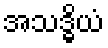
အသဒ္ဓိယံ